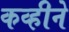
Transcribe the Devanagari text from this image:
कव्हीने